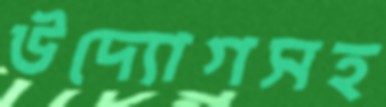
উদ্যোগসহ